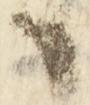
日